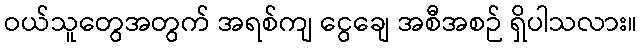
ဝယ်သူတွေအတွက် အရစ်ကျ ငွေချေ အစီအစဉ် ရှိပါသလား။